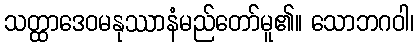
သတ္ထာဒေဝမနုဿာနံမည်တော်မူ၏။ သောဘဂဝါ၊